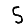
Digit: 5